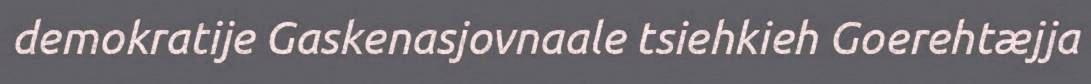
demokratije Gaskenasjovnaale tsiehkieh Goerehtæjja